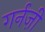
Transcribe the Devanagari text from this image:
गर्नज़ी